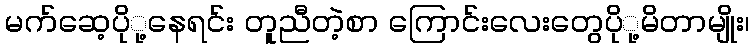
မက်ဆေ့ပိုု့နေရင်း တူညီတဲ့စာ ကြောင်းလေးတွေပိုု့မိတာမျိုး၊